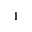
^ 1